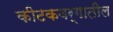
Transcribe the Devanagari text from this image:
कीटकवर्गातील